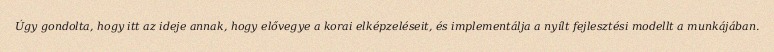
Úgy gondolta, hogy itt az ideje annak, hogy elővegye a korai elképzeléseit, és implementálja a nyílt fejlesztési modellt a munkájában.